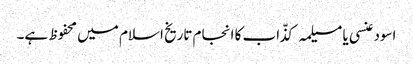
اسود عنسی یا مسیلمہ کذّاب کا انجام تاریخ اسلام میں محفوظ ہے۔